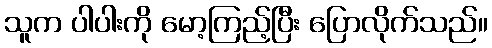
သူက ပါပါးကို မော့ကြည့်ပြီး ပြောလိုက်သည်။